Subject: stat
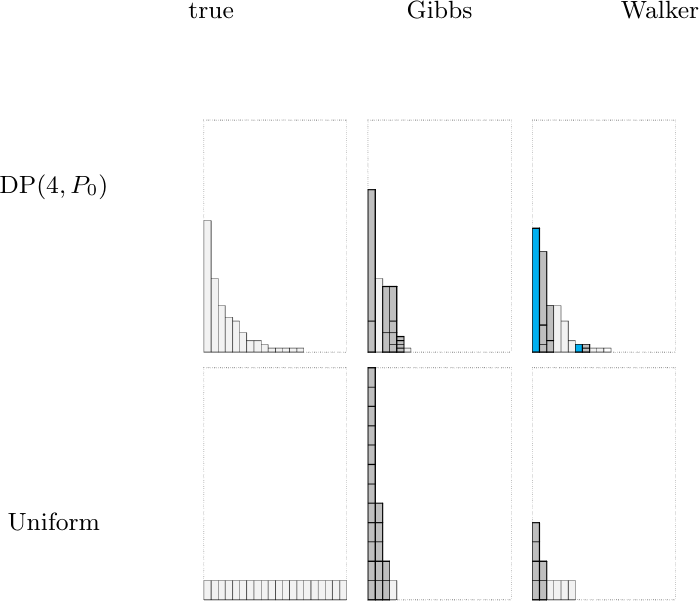
LaTeX code:
\begin{tikzpicture}
    \node (image) at (0,0) {
        \includegraphics[width=0.5\textwidth]{5790_sm_gibbs_ss.png}
    };
    \node[above,black,fill=white] at (-4.9,1.9){\small $\text{DP}(4,P_{0})$};
    \node[above,black,fill=white] at (-4.9,-2.3){\small Uniform};
    \node[above,black,fill=white] at (-2.9,4.2){\small true};
    \node[above,black,fill=white] at (0,4.2){\small Gibbs};
    \node[above,black,fill=white] at (2.8,4.2){\small Walker};
\end{tikzpicture}